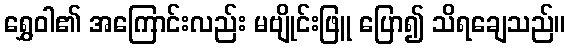
ရွှေဝါ၏ အကြောင်းလည်း မဗျိုင်းဖြူ ပြော၍ သိရချေသည်။